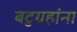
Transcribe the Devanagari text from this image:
बटुग्रहांना